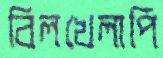
বিলখেলাপি